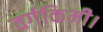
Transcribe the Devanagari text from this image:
वर्गकिमी।